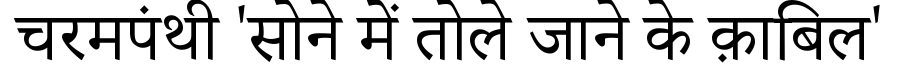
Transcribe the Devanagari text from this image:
चरमपंथी 'सोने में तोले जाने के क़ाबिल'